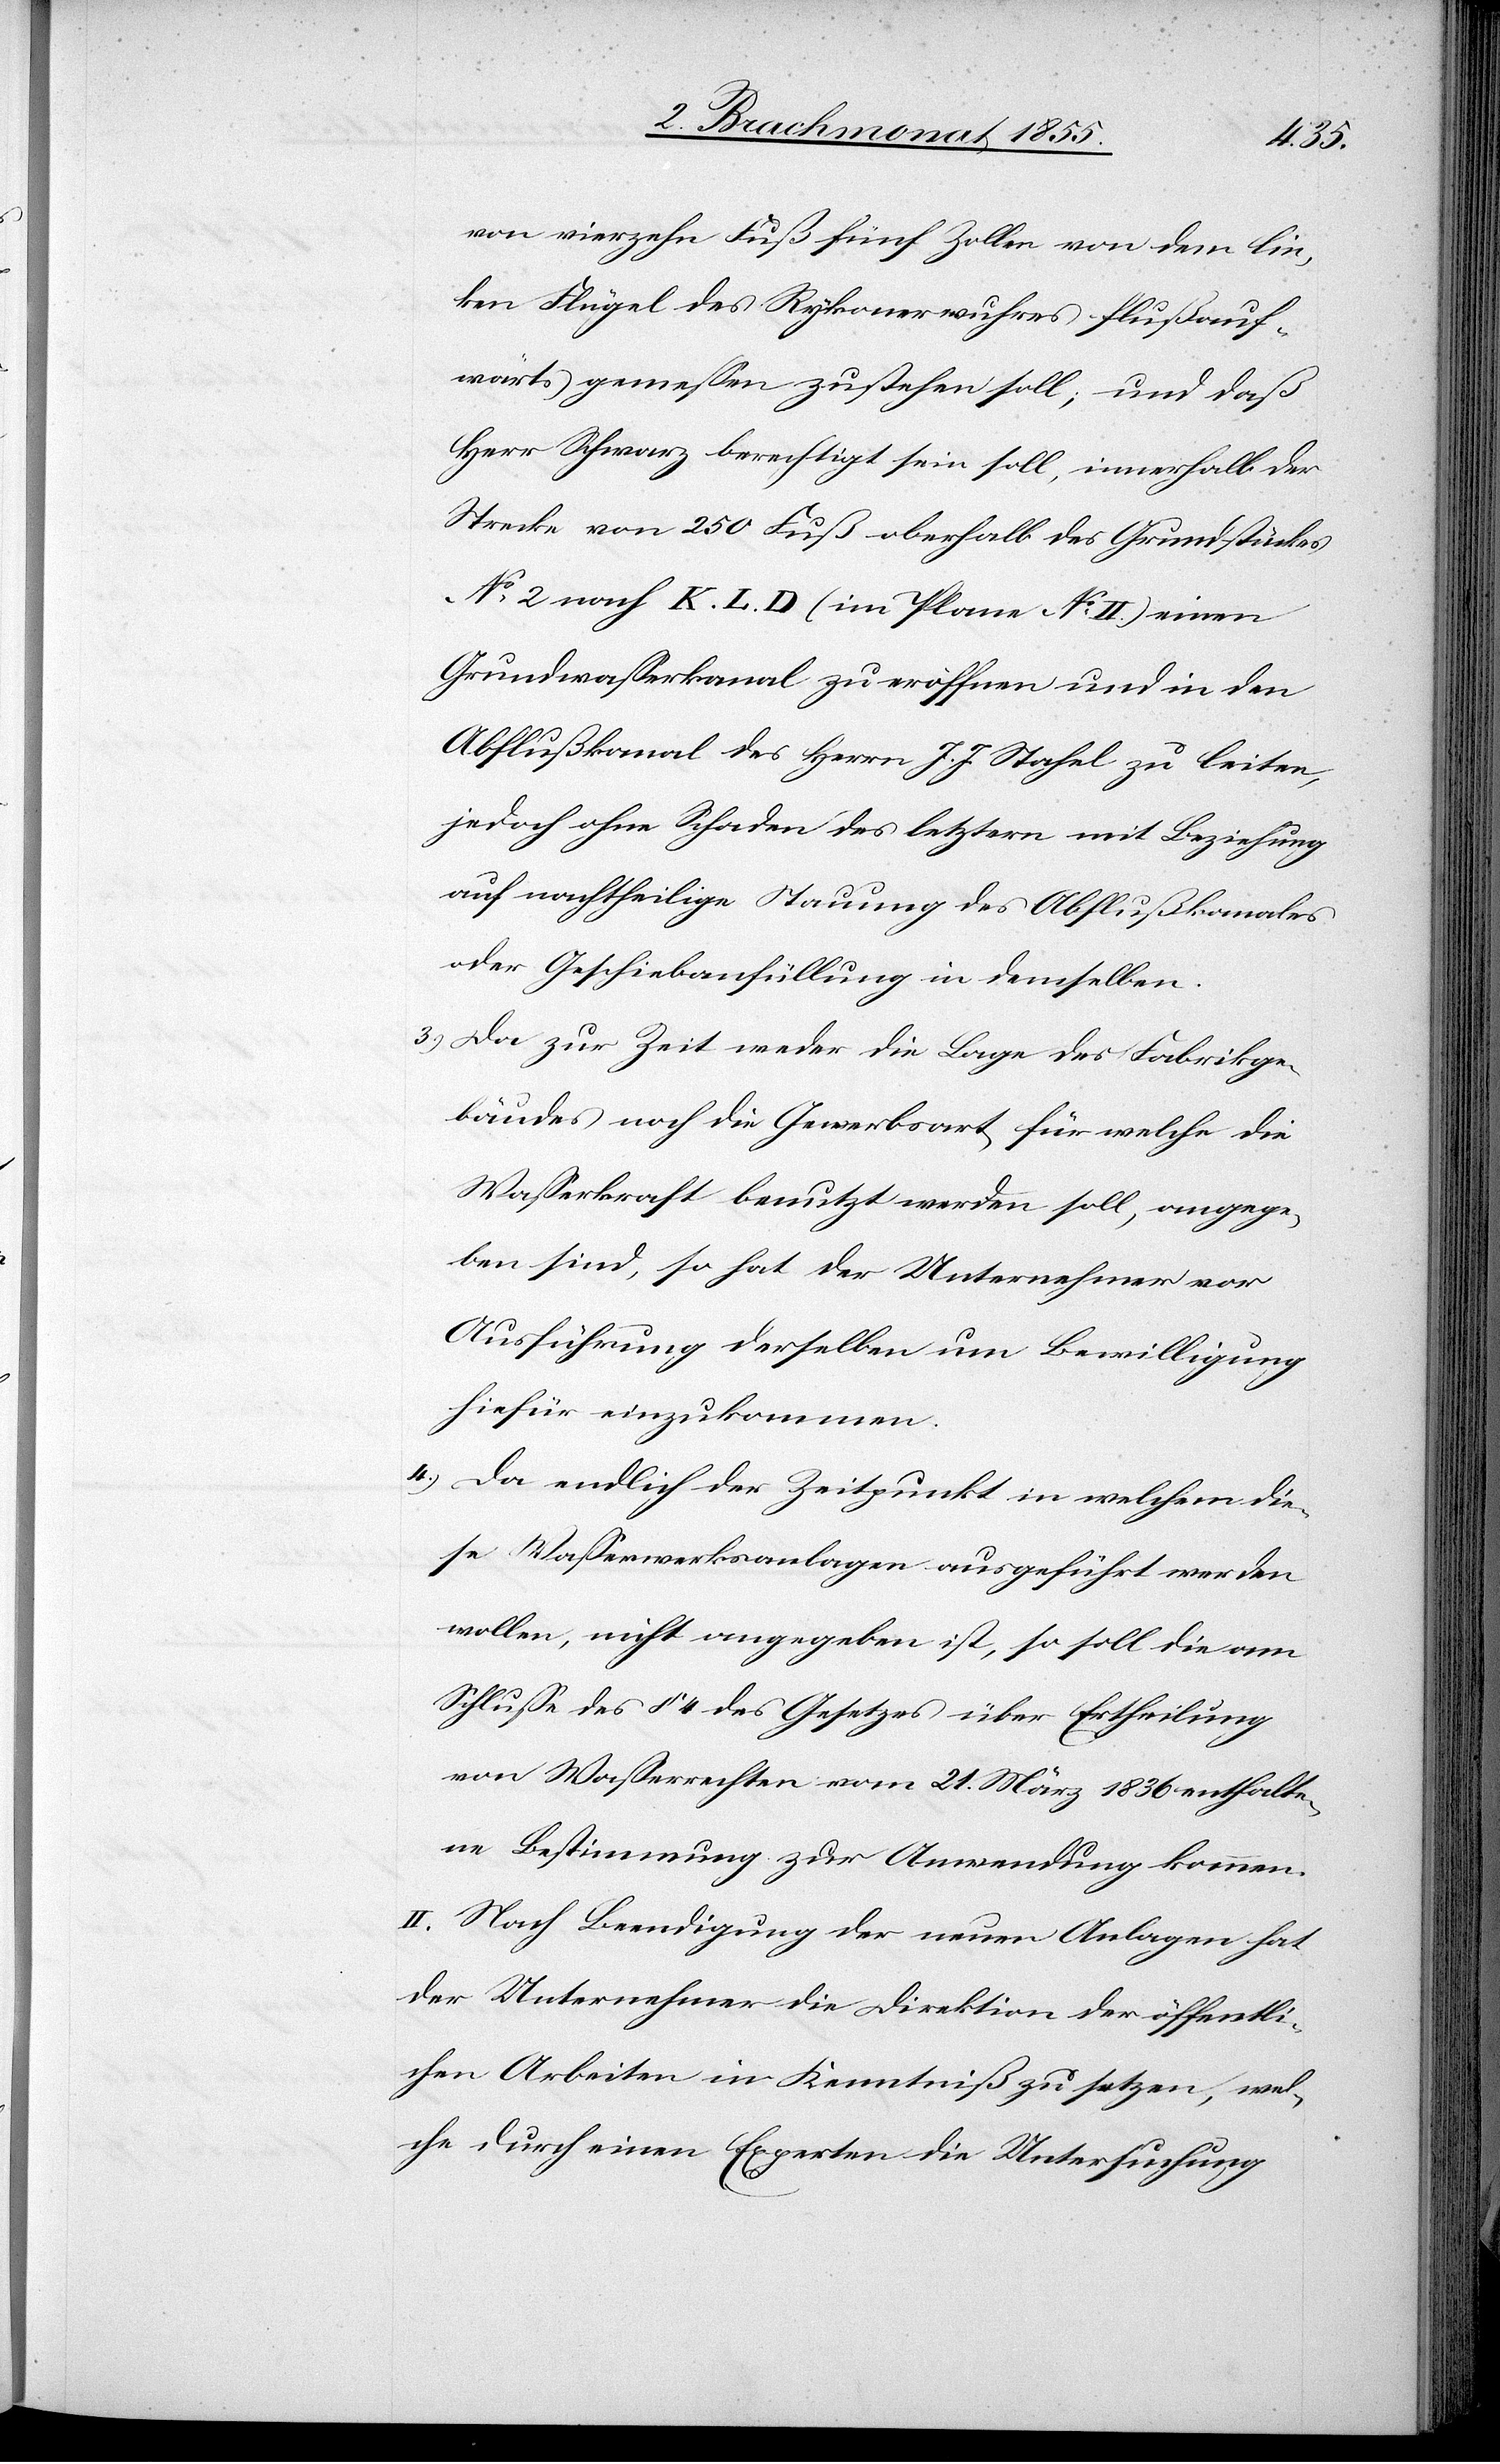
von vierzehn Fuß fünf Zollen von dem lin¬
ken Flügel des Rykonerwuhres flußauf¬
wärts gemessen zustehen soll; und daß
Herr Schwarz berechtigt sein soll, innerhalb der
Strecke von 250 Fuß oberhalt [sic!] des Grundstückes
No 2 nach K. L. D (im Plane No II.) einen
Grundwasserkanal zu eröffnen und in den
Abflußkanal des Herrn J. J. Stahel zu leiten,
jedoch ohne Schaden des letztern mit Beziehung
auf nachtheilige Stauung des Abflußkanales
oder Geschiebanfüllung in demselben.
Da zur Zeit weder die Lage des Fabrikge¬
bäudes noch die Gewerbsart, für welche die
Wasserkraft benutzt werden soll, angege¬
ben sind, so hat der Unternehmer vor
Ausführung derselben um Bewilligung
hiefür einzukommen.
Da endlich der Zeitpunkt in welchem die¬
se Wasserwerksanlagen ausgeführt werden
wollen, nicht angegeben ist, so soll die am
Schlusse des § 4 des Gesetzes über Ertheilung
von Wasserrechten vom 21. März 1836 enthalte¬
ne Bestimmung zur Anwendung kommen.
II. Nach Beendigung der neuen Anlagen hat
der Unternehmer die Direktion der öffentli¬
chen Arbeiten in Kenntniß zu setzen, wel¬
che durch einen Experten die Untersuchung